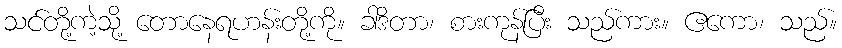
သင်တို့ကဲ့သို့ တောနေရဟန်းတို့ကို။ ခါဒိတာ၊ စားကုန်ပြီး သည်ကား။ ဧကော၊ သည်။